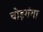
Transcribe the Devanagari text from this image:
चोड़गंगा